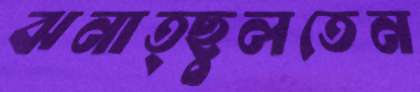
ঝনাত্ছুলতেন